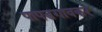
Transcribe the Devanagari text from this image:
पापडगावकर